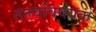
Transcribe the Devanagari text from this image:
तत्त्वविषयक